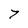
Character: 7